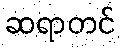
ဆရာတင်